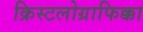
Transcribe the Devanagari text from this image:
क्रिस्टलोग्राफिक्का